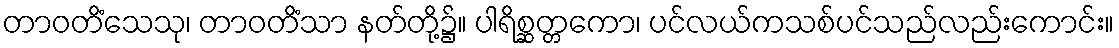
တာဝတိံသေသု၊ တာဝတိံသာ နတ်တို့၌။ ပါရိစ္ဆတ္တကော၊ ပင်လယ်ကသစ်ပင်သည်လည်းကောင်း။